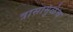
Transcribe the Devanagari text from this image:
त्रासामुळेच